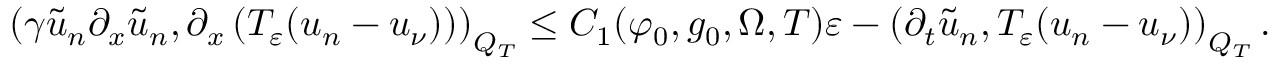
\left( \gamma \tilde { u } _ { n } \partial _ { x } \tilde { u } _ { n } , \partial _ { x } \left( T _ { \varepsilon } ( u _ { n } - u _ { \nu } ) \right) \right) _ { Q _ { T } } \leq C _ { 1 } ( \varphi _ { 0 } , g _ { 0 } , \Omega , T ) \varepsilon - \left( \partial _ { t } \tilde { u } _ { n } , T _ { \varepsilon } ( u _ { n } - u _ { \nu } ) \right) _ { Q _ { T } } .